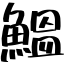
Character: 鰮